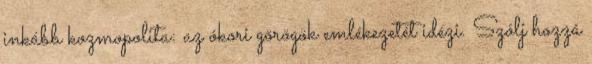
inkább kozmopolita: az ókori görögök emlékezetét idézi. Szólj hozzá